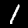
Digit: 1